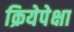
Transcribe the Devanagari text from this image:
क्रियेपेक्षा